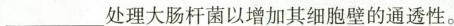
___处理大肠杆菌以增加其细胞壁的通透性。